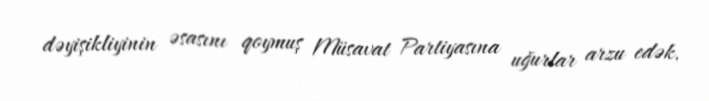
dəyişikliyinin əsasını qoymuş Müsavat Partiyasına uğurlar arzu edək.